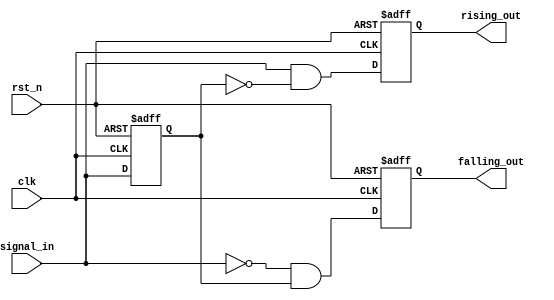
`timescale 1ns/1ps

module edge_detector (
    input wire clk,          // Clock input
    input wire rst_n,        // Active-low reset
    input wire signal_in,    // Signal to detect edges on
    output reg rising_out,   // Output for rising edge detection
    output reg falling_out   // Output for falling edge detection
);

    // Internal signal to hold previous state
    reg signal_in_prev;

    // Always block triggered on the positive edge of clk or negative edge of rst_n
    always @(posedge clk or negedge rst_n) begin
        if (!rst_n) begin
            // Reset condition
            rising_out <= 1'b0;
            falling_out <= 1'b0;
            signal_in_prev <= 1'b0;
        end else begin
            // Edge detection logic
            rising_out <= (signal_in && !signal_in_prev);
            falling_out <= (!signal_in && signal_in_prev);

            // Update previous state of signal_in
            signal_in_prev <= signal_in;
        end
    end

endmodule